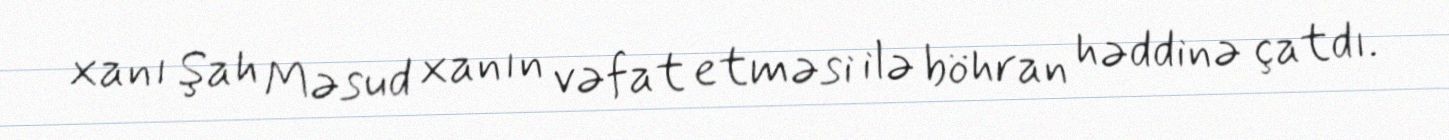
xanı Şah Məsud xanın vəfat etməsi ilə böhran həddinə çatdı.